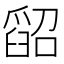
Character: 𦦌